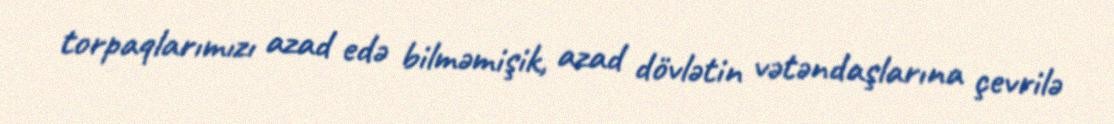
torpaqlarımızı azad edə bilməmişik, azad dövlətin vətəndaşlarına çevrilə